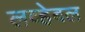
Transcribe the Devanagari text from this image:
लव्हेबल